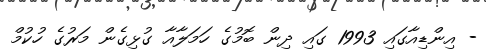
- އިންޑިއާގައި 1993 ގައި ދިން ބޮމުގެ ހަމަލާއާ ގުޅިގެން މަރުގެ ހުކުމް